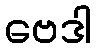
ဗေဒါ